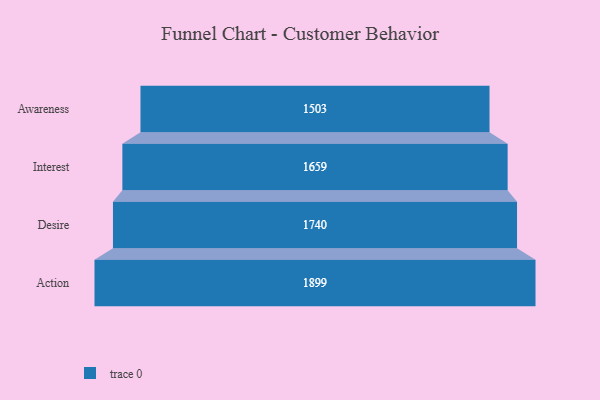
{"axis": {"x": "Stage", "y": "Value"}, "legend": [""], "data": [{"x": "Awareness", "y": 1503.0, "type": ""}, {"x": "Interest", "y": 1659.0, "type": ""}, {"x": "Desire", "y": 1740.0, "type": ""}, {"x": "Action", "y": 1899.0, "type": ""}]}